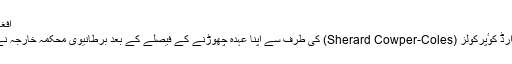
افغانستان اور پاکستان کے لیے خصوصی برطانوی سفارت کارمستعفی
افغانستان اور پاکستان کے لیے برطانیہ کے خصوصی نمائندے شیرارڈ کوٴپرکولز (Sherard Cowper-Coles) کی طرف سے اپنا عہدہ چھوڑنے کے فیصلے کے بعد برطانیوی محکمہ خارجہ نے اِن کی جگہ سفارت کار کیرن پیئرس کی تعیناتی کا اعلان کیا ہے۔